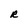
Character: R